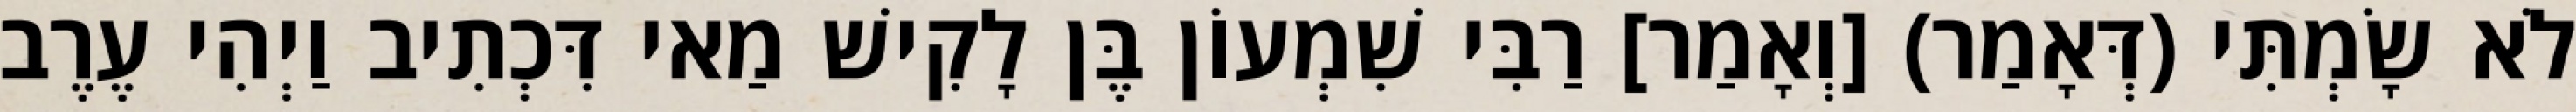
לֹא שָׂמְתִּי (דְּאָמַר) [וְאָמַר] רַבִּי שִׁמְעוֹן בֶּן לָקִישׁ מַאי דִּכְתִיב וַיְהִי עֶרֶב